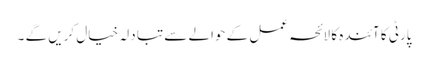
پارٹی کا آئندہ کا لائحہ عمل کے حوالے سے تبا دلہ خیال کریں گے ۔